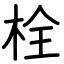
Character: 栓